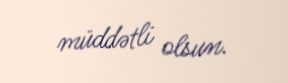
müddətli olsun.